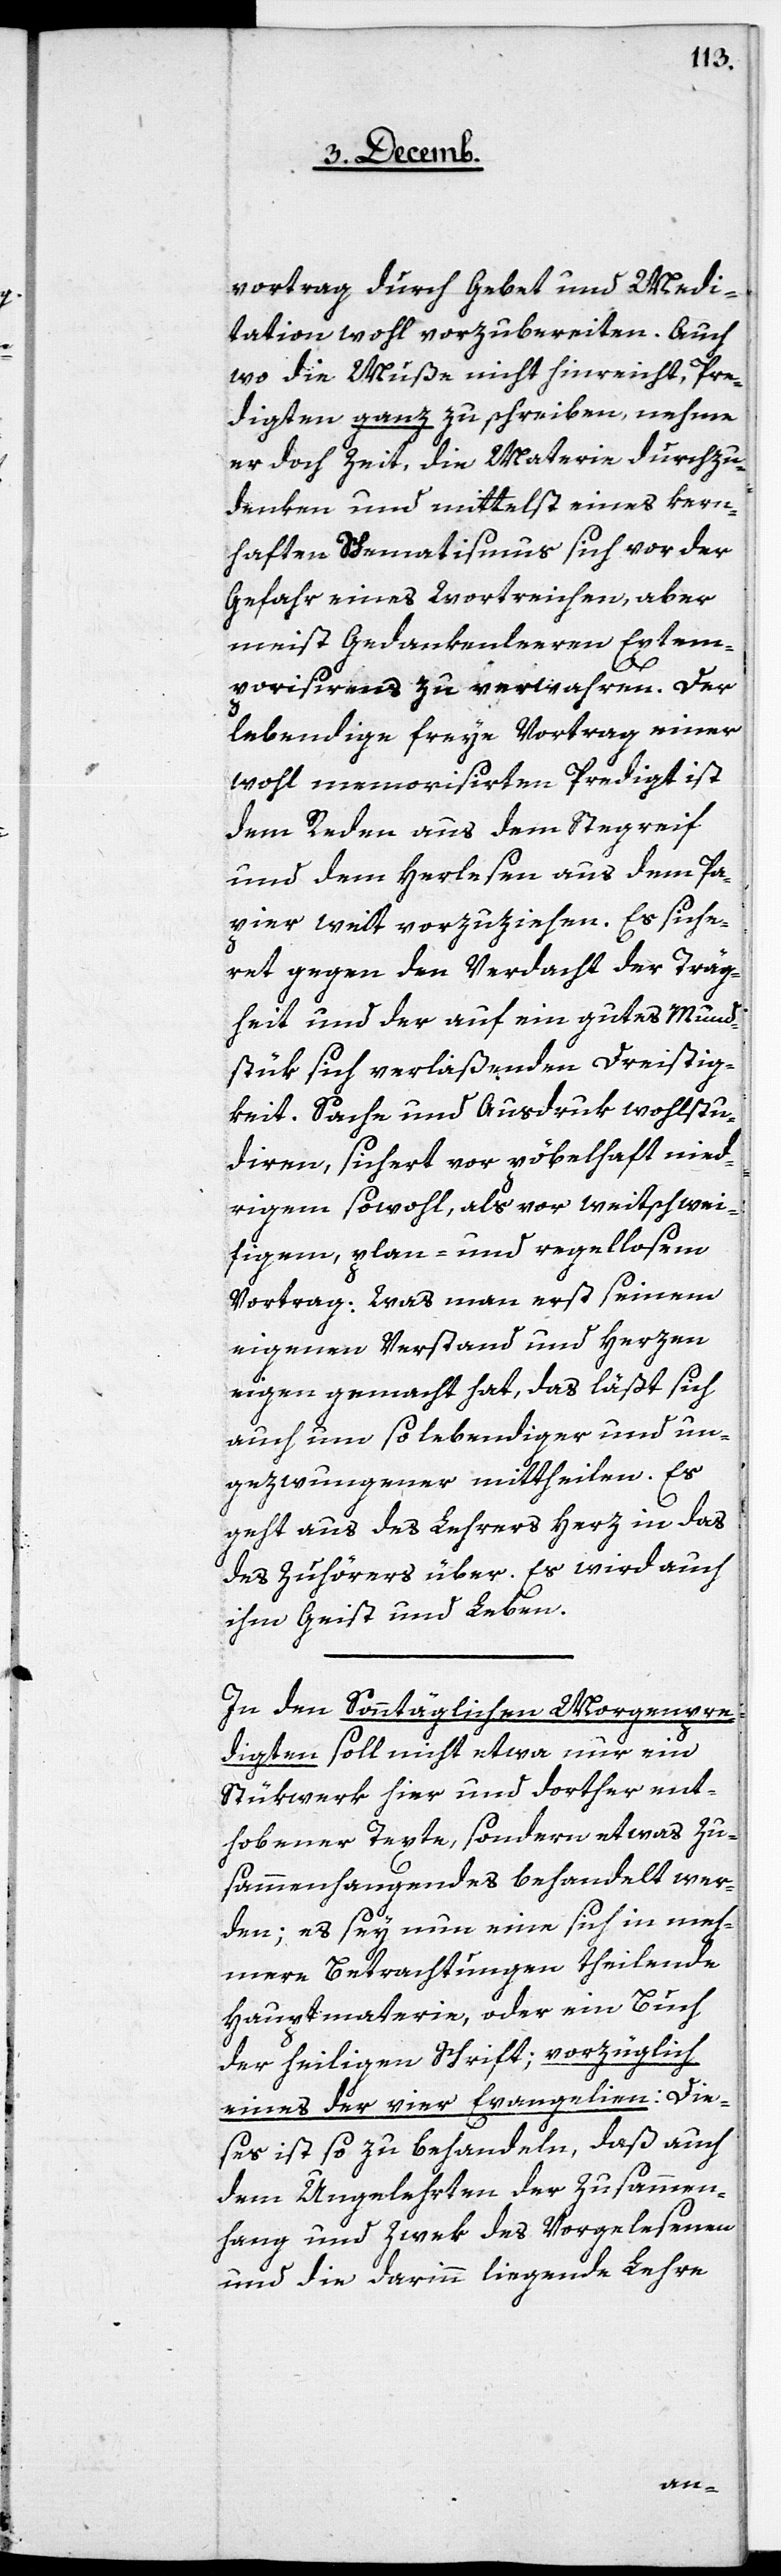
vortrag durch Gebet und Medi¬
tation wohl vorzubereiten. Auch
wo die Muße nicht hinreicht, Pre¬
digten ganz zu schreiben, nehme
er doch Zeit, die Materie durchzu¬
denken und mittelst eines kern¬
haften Schematismus sich vor der
Gefahr eines wortreichen, aber
meist Gedankenleeren Extem¬
porisierens zu verwahren. Der
lebendige freye Vortrag einer
wohl memorisirten Predigt ist
dem Reden aus dem Stegreif
und dem Herlesen aus dem Pa¬
pier weit vorzuziehen. Es siche¬
ret gegen den Verdacht der Träg¬
heit und der auf ein gutes Mund¬
stük sich verlaßenden Dreistig¬
keit. Sache und Ausdruk wohlstu¬
diren, sichert vor pöbelhaft nied¬
rigem sowohl, als vor weitschwei¬
figem, plan- und regellosem
Vortrag: Was man erst seinem
eigenen Verstand und Herzen
eigen gemacht hat, das läßt sich
auch um so lebendiger und un¬
gezwungener mittheilen. Es
geht aus des Lehrers Herz in das
des Zuhörers über. Es wird auch
ihm Geist und Leben.
In den Sonntäglichen Morgenpre¬
digten soll nicht etwa nur ein
Stükwerk hier und dorther ent¬
hobener Texte, sondern etwas Zu¬
sammenhangendes behandelt wer¬
den; es sey nun eine sich in meh¬
rere Betrachtungen theilende
Hauptmaterie, oder ein Buch
der heiligen Schrift; vorzüglich
eines der vier Evangelien: Die¬
ses ist so zu behandeln, daß auch
dem Ungelehrten der Zusammen¬
hang und Zwek des Vorgelesenen
und die darinn liegende Lehre